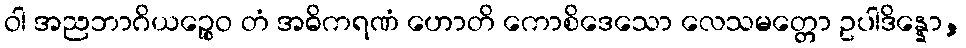
ဝါ အညဘာဂိယဉ္စေဝ တံ အဓိကရဏံ ဟောတိ ကောစိဒေသော လေသမတ္တော ဥပါဒိန္နော,